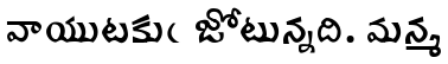
వాయుటకుఁ జోటున్నది. మన్మ